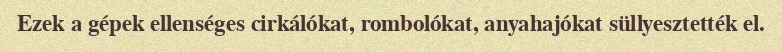
Ezek a gépek ellenséges cirkálókat, rombolókat, anyahajókat süllyesztették el.